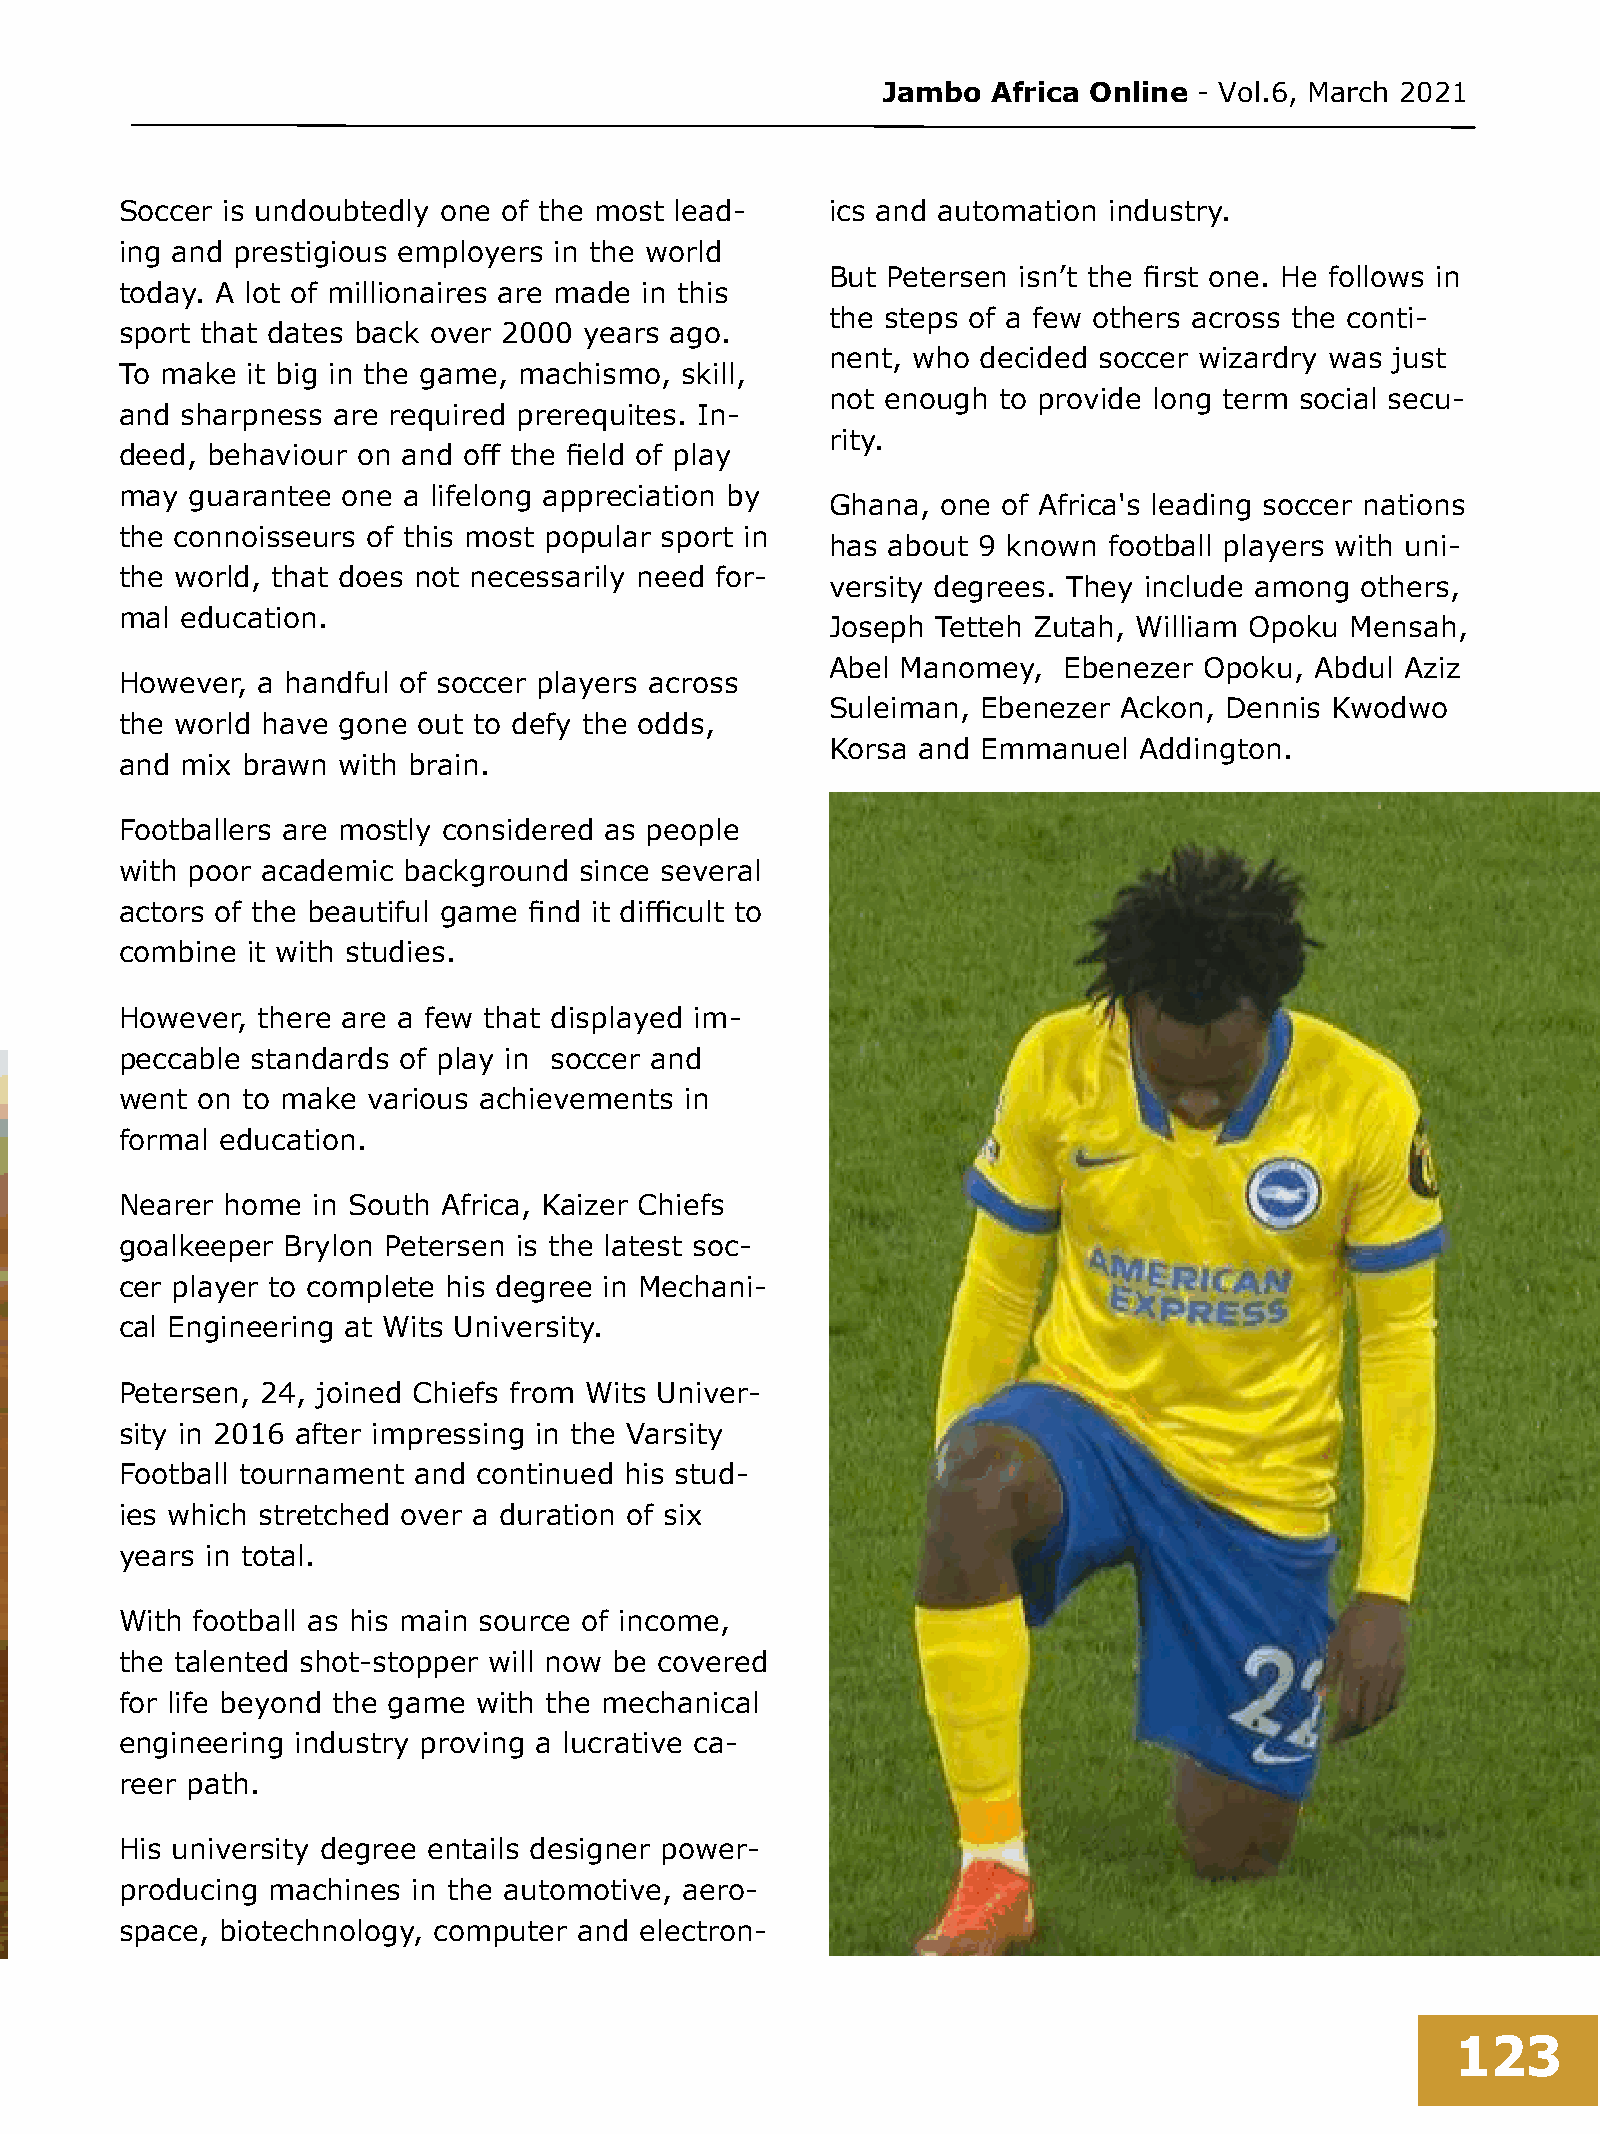
Jambo   Africa Online - Vol.6, March 2021
 Soccer is undoubtedly one of the most lead-    ics and automation industry.
 ing and prestigious employers in the world
 But Petersen isn’t the first one. He follows in
 today. A lot of millionaires are made in this
 the steps of a few others across the conti-
 sport that dates back over 2000 years ago.
 nent, who decided soccer wizardry was just
 To make it big in the game, machismo, skill,
 not enough to provide long term social secu-
 and sharpness are required prerequites. In-
 rity.
 deed, behaviour on and off the field of play
 may  guarantee one a lifelong appreciation by
 Ghana, one of Africa's leading soccer nations
 the connoisseurs of this most popular sport in
 has about 9 known football players with uni-
 the world, that does not necessarily need for-
 versity degrees. They include among others,
 mal education.
 Joseph Tetteh Zutah, William Opoku Mensah,
 Abel Manomey,  Ebenezer  Opoku, Abdul Aziz
 However, a handful of soccer players across
 Suleiman, Ebenezer Ackon, Dennis Kwodwo
 the world have gone out to defy the odds,
 Korsa and Emmanuel  Addington.
 and mix brawn with brain.
 Footballers are mostly considered as people
 with poor academic background since several
 actors of the beautiful game find it difficult to
 combine it with studies.
 However, there are a few that displayed im-
 peccable standards of play in soccer and
 went on to make various achievements in
 formal education.
 Nearer home  in South Africa, Kaizer Chiefs
 goalkeeper Brylon Petersen is the latest soc-
 cer player to complete his degree in Mechani-
 cal Engineering at Wits University.
 Petersen, 24, joined Chiefs from Wits Univer-
 sity in 2016 after impressing in the Varsity
 Football tournament and continued his stud-
 ies which stretched over a duration of six
 years in total.
 With football as his main source of income,
 the talented shot-stopper will now be covered
 for life beyond the game with the mechanical
 engineering industry proving a lucrative ca-
 reer path.
 His university degree entails designer power-
 producing machines in the automotive, aero-
 space, biotechnology, computer and electron-
 123